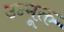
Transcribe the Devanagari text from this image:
उन्मूक्त